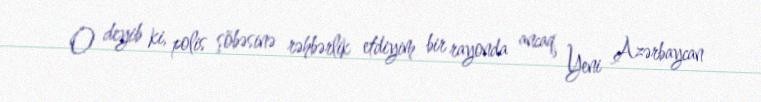
O deyib ki, polis şöbəsinə rəhbərlik etdiyim bir rayonda ancaq Yeni Azərbaycan